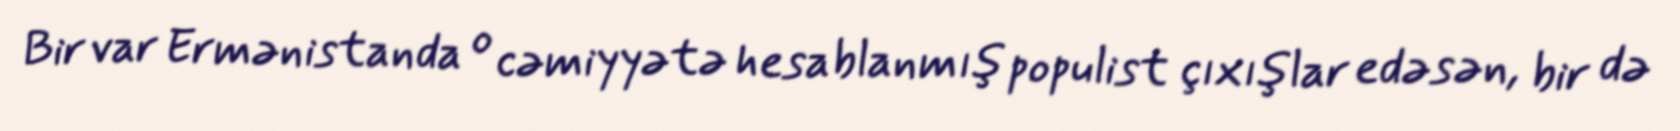
Bir var Ermənistanda o cəmiyyətə hesablanmış populist çıxışlar edəsən, bir də